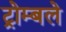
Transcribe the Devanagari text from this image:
ट्रोम्बले